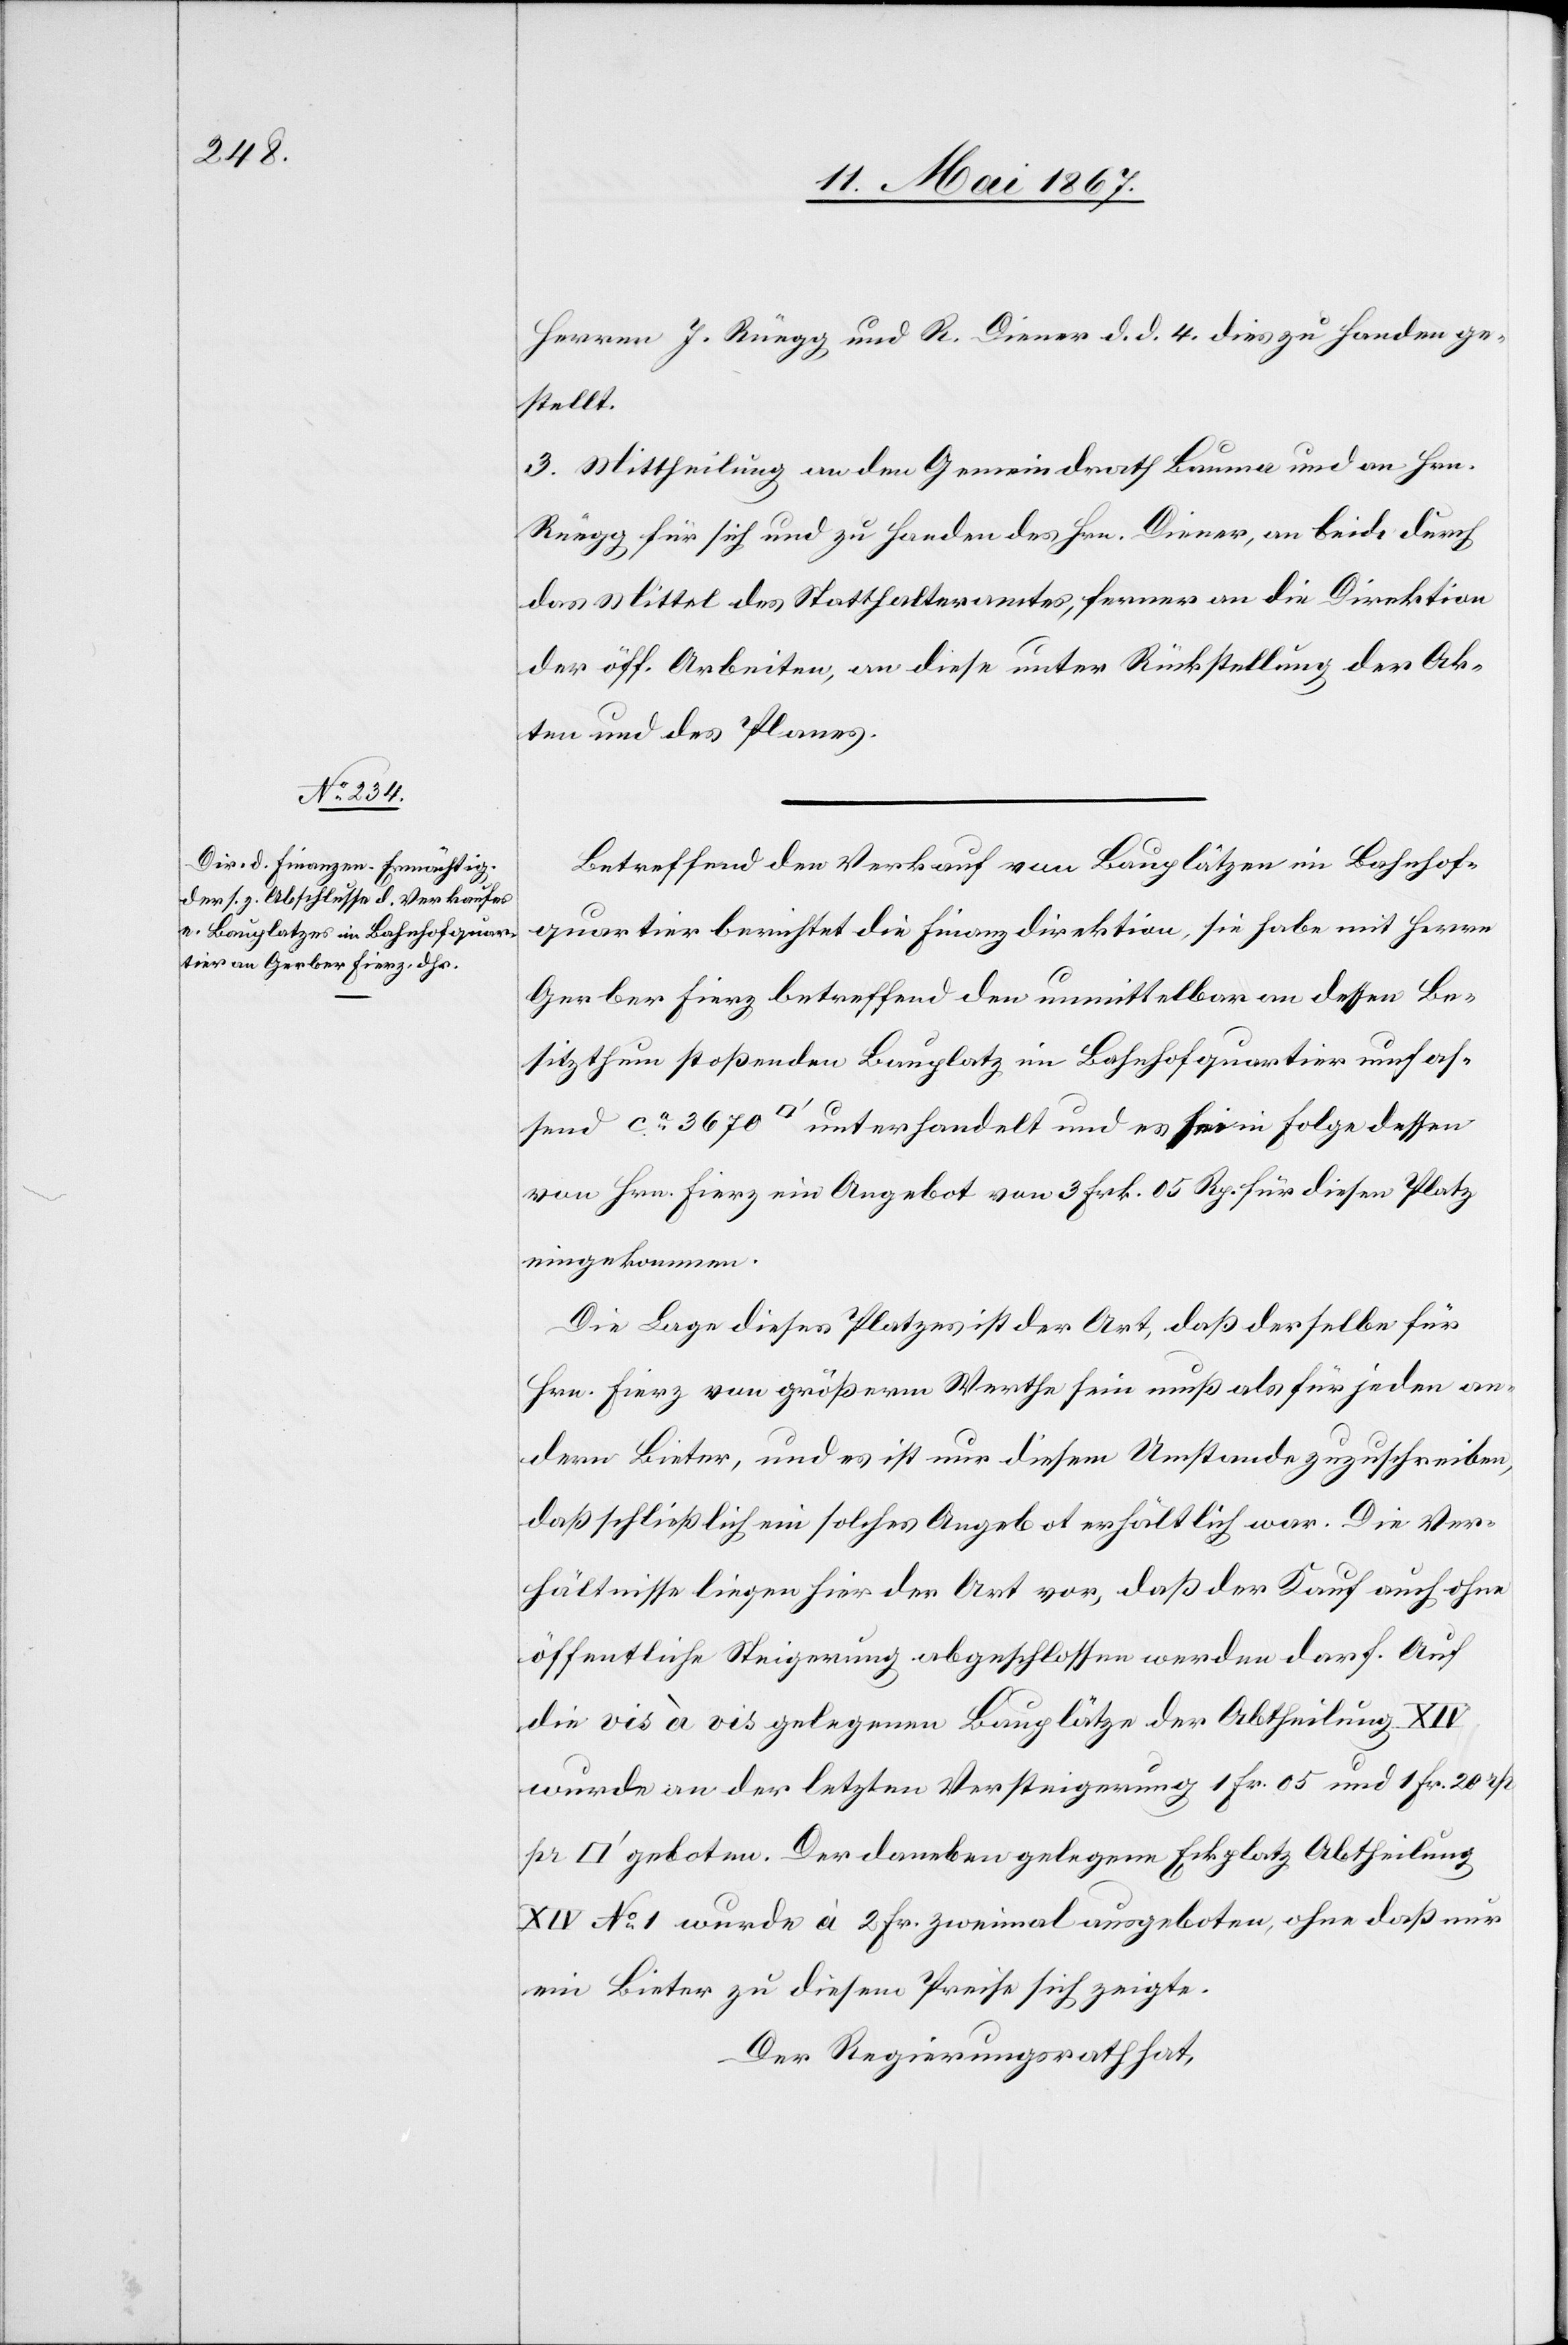
Herren J. Rüegg und R. Diener d. d. 4. dies zu Handen ge¬
stellt.
3. Mittheilung an den Gemeindrath Bauma und an Hrn.
Rüegg für sich und zu Handen des Hrn. Diener, an beide durch
das Mittel des Statthalteramtes, ferner an die Direktion
der öff. Arbeiten, an diese unter Rückstellung der Ak¬
ten und des Planes.
Betreffend den Verkauf von Bauplätzen im Bahnhof¬
quartier berichtet die Finanzdirektion, sie habe mit Herrn
Gerber Fierz betreffend den unmittelbar an dessen Be¬
sitzthum stoßenden Bauplatz im Bahnhofquartier umfas¬
send ca. 3670 [Quadratfuß] unterhandelt und es sei in Folge dessen
von Hrn. Fierz ein Angebot von 3 Frk. 05 Rp. für diesen Platz
eingekommen.
Die Lage dieses Platzes ist der Art, daß derselbe für
Hrn. Fierz von größerm Werthe sein muß als für jeden an¬
dern Bieter, und es ist nur diesem Umstande zuzuschreiben,
daß schließlich ein solches Angebot erhältlich war. Die Ver¬
hältnisse liegen hier der Art vor, daß der Kauf auch ohne
öffentliche Steigerung abgeschlossen werden darf. Auf
die vis à vis gelegenen Bauplätze der Abtheilung XIV
wurde an der letzten Versteigerung 1 Fr. 05 und 1 Fr. 20 rp
geboten. Der daneben gelegene Eckplatz Abtheilung
XIV No. 1 wurde à 2 Fr. zweimal ausgeboten, ohne daß nur
ein Bieter zu diesem Preise sich zeigte.
Der Regierungsrath hat,